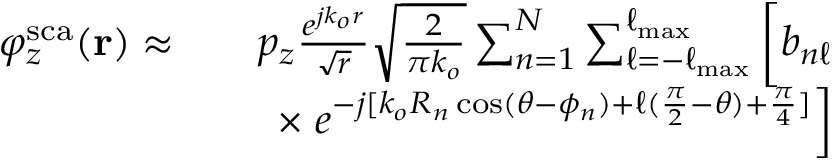
\begin{array} { r l r } { \varphi _ { z } ^ { \mathrm { s c a } } ( \mathbf { r } ) \approx } & { } & { p _ { z } \frac { e ^ { j k _ { o } r } } { \sqrt { r } } \sqrt { \frac { 2 } { \pi k _ { o } } } \sum _ { n = 1 } ^ { N } \sum _ { \ell = - \ell _ { \mathrm { m a x } } } ^ { \ell _ { \mathrm { m a x } } } \bigg [ b _ { n \ell } } \\ & { } & { \times \left. e ^ { - j [ k _ { o } R _ { n } \cos ( \theta - \phi _ { n } ) + \ell ( \frac { \pi } { 2 } - \theta ) + \frac { \pi } { 4 } ] } \right] } \end{array}